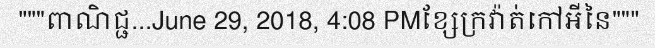
"""ពាណិជ្ជ...June 29, 2018, 4:08 PMខ្សែក្រវ៉ាត់កៅអីនៃ"""